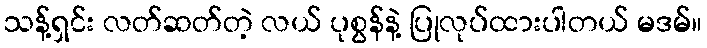
သန့်ရှင်း လတ်ဆတ်တဲ့ လယ် ပုစွန်နဲ့ ပြုလုပ်ထားပါတယ် မဒမ်။